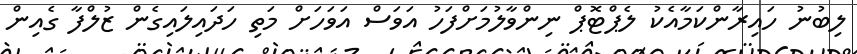
ލިބުނު ހައިރާންކަމާއެކު ލެޕްޓޮޕް ނިންވާލުމަށްފަހު އަވަސް އަވަހަށް މަތި ހަދައިލައިގެން ޒުލްފާ ގެއިން